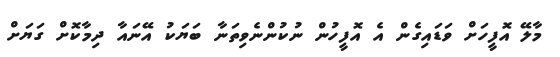
މާލޭ އޮފީހަށް ވަޑައިގެން އެ އޮފީހުން ނުކުންނެވިތަނާ ބަޔަކު އޭނައާ ދިމާކޮށް ގަޔަށް